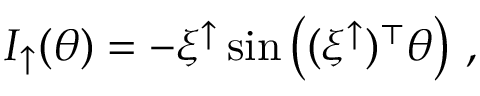
\begin{array} { r } { I _ { \uparrow } ( \theta ) = - \xi ^ { \uparrow } \sin \left( ( \xi ^ { \uparrow } ) ^ { \top } \theta \right) \, , } \end{array}